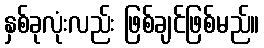
နှစ်ခုလုံးလည်း ဖြစ်ချင်ဖြစ်မည်။